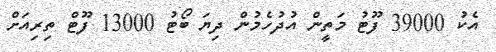
އެކު 39000 ފޫޓު މަތީން އުދުހެމުން ދިޔަ ބޯޓު 13000 ފޫޓް ތިރިއަށް